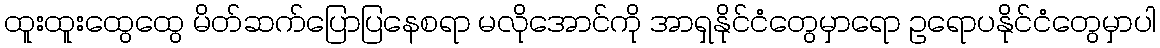
ထူးထူးထွေထွေ မိတ်ဆက်ပြောပြနေစရာ မလိုအောင်ကို အာရှနိုင်ငံတွေမှာရော ဥရောပနိုင်ငံတွေမှာပါ